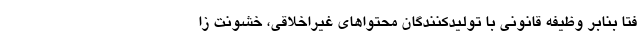
فتا بنابر وظیفه قانونی با تولیدکنندگان محتواهای غیراخلاقی، خشونت زا